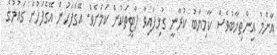
އާންމު އިންތިޚާބުވެސް ކާމިޔާބު ކުރާނީ ގުޅިފައިވާ ޕާޓީތަކުން ކަމަށެވެ. އޭގެފަހުން އޭގެފަހުން ގައުމުގެ